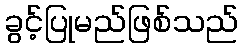
ခွင့်ပြုမည်ဖြစ်သည်